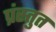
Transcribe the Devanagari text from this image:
प्रंस्तुत